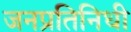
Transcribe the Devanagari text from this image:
जनप्रतिनिधी